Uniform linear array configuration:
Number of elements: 48
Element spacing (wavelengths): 0.75
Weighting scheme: hann
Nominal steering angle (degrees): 45
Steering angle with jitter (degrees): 43.513
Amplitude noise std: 0.05
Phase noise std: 0.05

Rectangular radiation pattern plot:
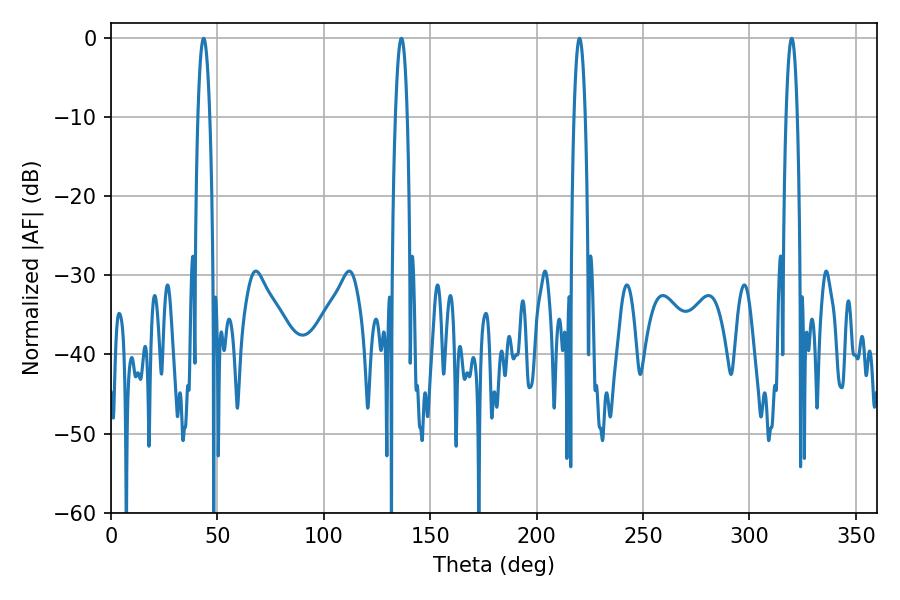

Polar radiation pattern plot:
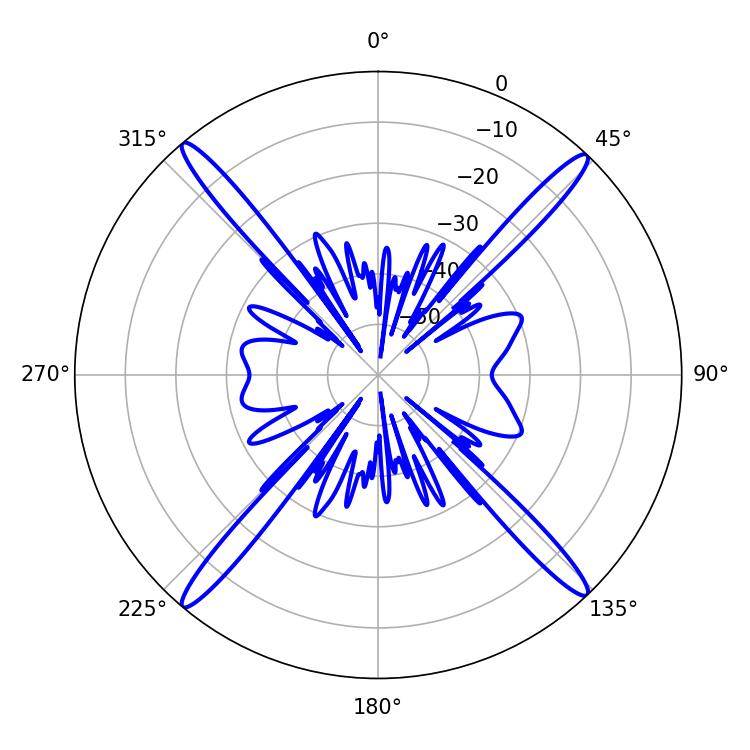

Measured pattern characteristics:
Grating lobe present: TRUE
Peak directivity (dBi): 23.379
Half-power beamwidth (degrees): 2.88
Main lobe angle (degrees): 319.86